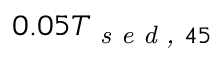
0 . 0 5 T _ { \textit { s e d , } 4 5 }